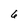
Character: 6